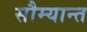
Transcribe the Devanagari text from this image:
सौम्यान्त